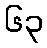
၆၃